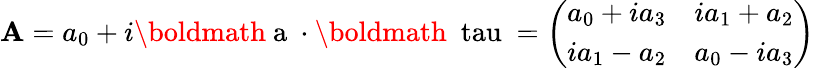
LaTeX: \mathbf{A}=a_{0}+i\mathrm{{\boldmath~a~}}\cdot\mathrm{{\boldmath~\ tau~}}=\left(\begin{array}{cc}{{a_{0}+ia_{3}}}&{{ia_{1}+a_{2}}}\\ {{ia_{1}-a_{2}}}&{{a_{0}-ia_{3}}}\end{array}\right)